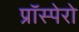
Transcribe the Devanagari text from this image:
प्रॉस्पेरो